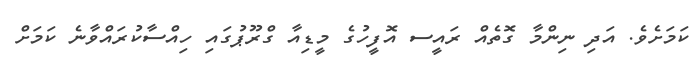
ކަމަށެވެ. އަދި ނިންމާ ގޮތެއް ރައީސ އޮފީހުގެ މީޑިއާ ގްރޫޕުގައި ހިއްސާކުރައްވާނެ ކަމަށް